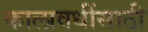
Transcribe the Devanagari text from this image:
कालावधींसाठी